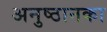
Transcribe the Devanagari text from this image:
अनुष्ठानका